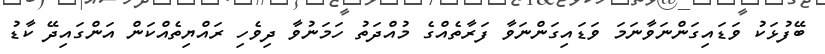
ބޭފުޅަކު ވަޑައިގަންނަވާނަމަ ވަޑައިގަންނަވާ ފަރާތެއްގެ މުއްދަތު ހަމަނުވާ ދިވެހި ރައްޔިތެއްކަން އަންގައިދޭ ކާޑު